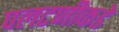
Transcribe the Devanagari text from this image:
पलटणीकडे